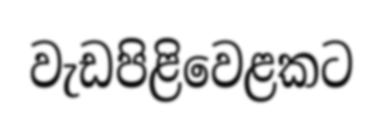
වැඩපිළිවෙළකට